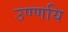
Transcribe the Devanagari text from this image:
उण्णयि